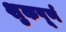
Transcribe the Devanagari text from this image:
शुकपूर्ण